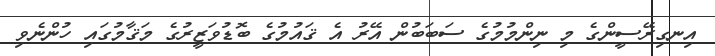
އިނގިރޭސީންގެ މި ނިންމުމުގެ ސަބަބުން އޭރު އެ ޤައުމުގެ ބޮޑުވަޒީރުގެ މަޤާމުގައި ހުންނެވި